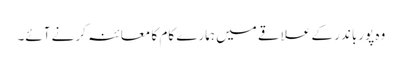
وہ پورباندر کے علاقے میں ہمارے کام کا معائنہ کرنے آئے۔